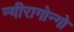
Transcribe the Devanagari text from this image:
न्यीरागोन्गो